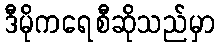
ဒီမိုကရေစီဆိုသည်မှာ